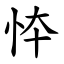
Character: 㤒